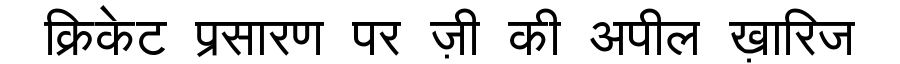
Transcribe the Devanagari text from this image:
क्रिकेट प्रसारण पर ज़ी की अपील ख़ारिज